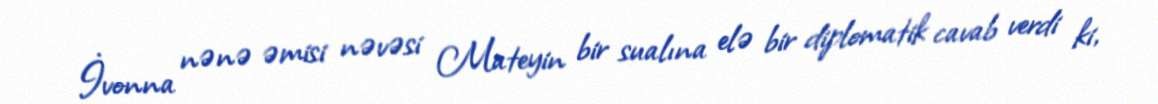
İvonna nənə əmisi nəvəsi Mateyin bir sualına elə bir diplomatik cavab verdi ki,